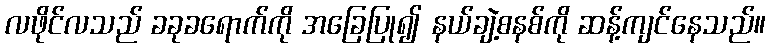
လဖိုင်လသည် ခခုခရောက်ကို အခြေပြု၍ နယ်ချဲ့စနစ်ကို ဆန့်ကျင်နေသည်။